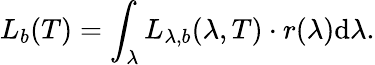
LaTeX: L_{b}(T)=\int_{\lambda}L_{\lambda,b}(\lambda,T)\cdot r(\lambda)\mathrm{d}\lambda\mathrm{.}